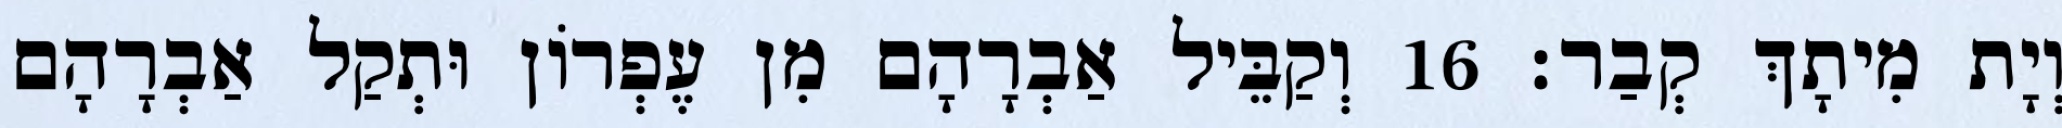
וְיָת מִיתָךְ קְבַר׃ 16 וְקַבֵּיל אַבְרָהָם מִן עֶפְרוֹן וּתְקַל אַבְרָהָם